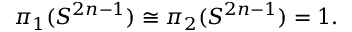
\pi _ { 1 } ( S ^ { 2 n - 1 } ) \cong \pi _ { 2 } ( S ^ { 2 n - 1 } ) = 1 .